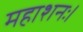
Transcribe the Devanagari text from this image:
महाशनः।